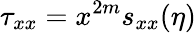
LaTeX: \tau_{xx}=x^{2m}s_{xx}(\eta)